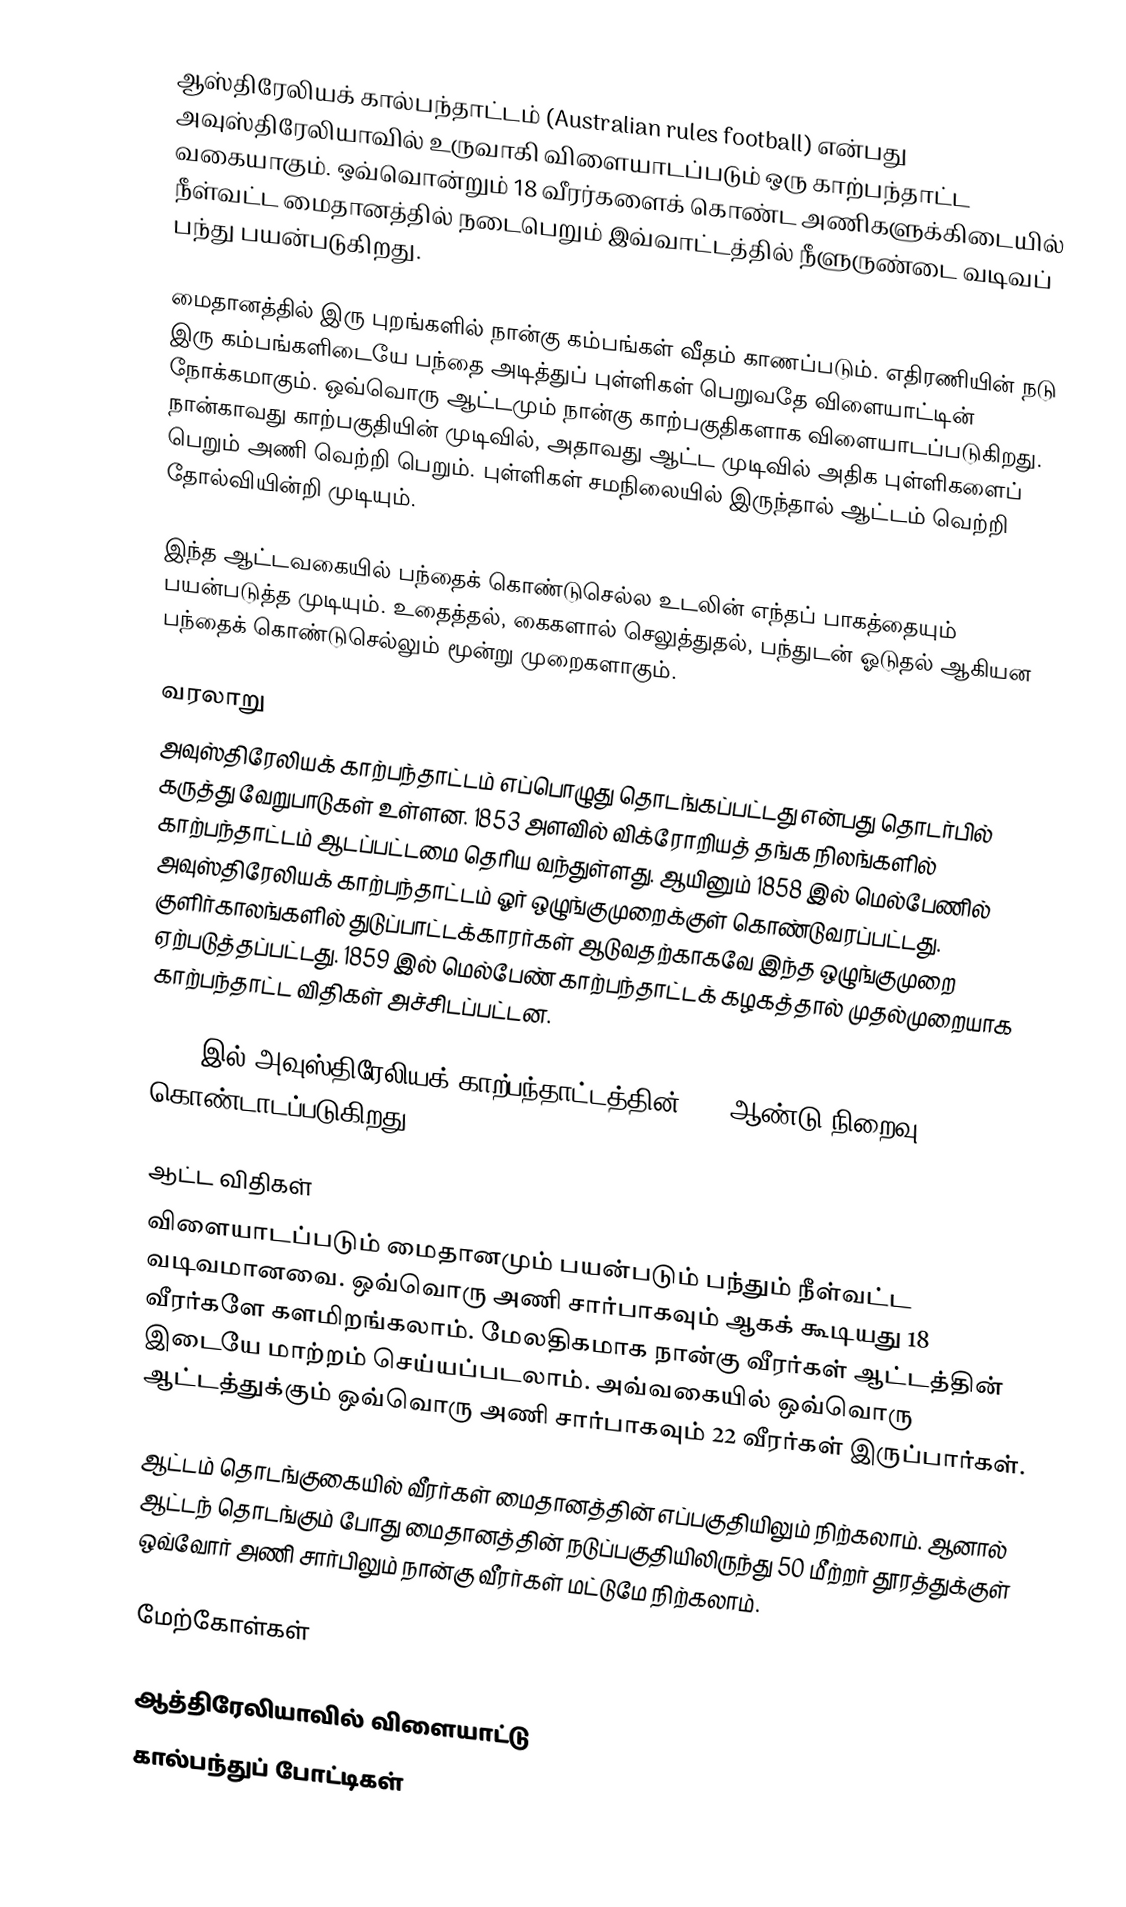
ஆஸ்திரேலியக் கால்பந்தாட்டம் (Australian rules football) என்பது அவுஸ்திரேலியாவில் உருவாகி விளையாடப்படும் ஒரு காற்பந்தாட்ட வகையாகும். ஒவ்வொன்றும் 18 வீரர்களைக் கொண்ட அணிகளுக்கிடையில் நீள்வட்ட மைதானத்தில் நடைபெறும் இவ்வாட்டத்தில் நீளுருண்டை வடிவப் பந்து பயன்படுகிறது.

மைதானத்தில் இரு புறங்களில் நான்கு கம்பங்கள் வீதம் காணப்படும். எதிரணியின் நடு இரு கம்பங்களிடையே பந்தை அடித்துப் புள்ளிகள் பெறுவதே விளையாட்டின் நோக்கமாகும். ஒவ்வொரு ஆட்டமும் நான்கு காற்பகுதிகளாக விளையாடப்படுகிறது. நான்காவது காற்பகுதியின் முடிவில், அதாவது ஆட்ட முடிவில் அதிக புள்ளிகளைப் பெறும் அணி வெற்றி பெறும். புள்ளிகள் சமநிலையில் இருந்தால் ஆட்டம் வெற்றி தோல்வியின்றி முடியும்.

இந்த ஆட்டவகையில் பந்தைக் கொண்டுசெல்ல உடலின் எந்தப் பாகத்தையும் பயன்படுத்த முடியும். உதைத்தல், கைகளால் செலுத்துதல், பந்துடன் ஓடுதல் ஆகியன பந்தைக் கொண்டுசெல்லும் மூன்று முறைகளாகும்.

வரலாறு
அவுஸ்திரேலியக் காற்பந்தாட்டம் எப்பொழுது தொடங்கப்பட்டது என்பது தொடர்பில் கருத்து வேறுபாடுகள் உள்ளன. 1853 அளவில் விக்ரோறியத் தங்க நிலங்களில் காற்பந்தாட்டம் ஆடப்பட்டமை தெரிய வந்துள்ளது. ஆயினும் 1858 இல் மெல்பேணில் அவுஸ்திரேலியக் காற்பந்தாட்டம் ஓர் ஒழுங்குமுறைக்குள் கொண்டுவரப்பட்டது. குளிர்காலங்களில் துடுப்பாட்டக்காரர்கள் ஆடுவதற்காகவே இந்த ஒழுங்குமுறை ஏற்படுத்தப்பட்டது. 1859 இல் மெல்பேண் காற்பந்தாட்டக் கழகத்தால் முதல்முறையாக காற்பந்தாட்ட விதிகள் அச்சிடப்பட்டன.

2008 இல் அவுஸ்திரேலியக் காற்பந்தாட்டத்தின் 150 ஆண்டு நிறைவு கொண்டாடப்படுகிறது.

ஆட்ட விதிகள்
விளையாடப்படும் மைதானமும் பயன்படும் பந்தும் நீள்வட்ட வடிவமானவை. ஒவ்வொரு அணி சார்பாகவும் ஆகக் கூடியது 18 வீரர்களே களமிறங்கலாம். மேலதிகமாக நான்கு வீரர்கள் ஆட்டத்தின் இடையே மாற்றம் செய்யப்படலாம். அவ்வகையில் ஒவ்வொரு ஆட்டத்துக்கும் ஒவ்வொரு அணி சார்பாகவும் 22 வீரர்கள் இருப்பார்கள்.

ஆட்டம் தொடங்குகையில் வீரர்கள் மைதானத்தின் எப்பகுதியிலும் நிற்கலாம். ஆனால் ஆட்டந் தொடங்கும் போது மைதானத்தின் நடுப்பகுதியிலிருந்து 50 மீற்றர் தூரத்துக்குள் ஒவ்வோர் அணி சார்பிலும் நான்கு வீரர்கள் மட்டுமே நிற்கலாம்.

மேற்கோள்கள்

ஆத்திரேலியாவில் விளையாட்டு
கால்பந்துப் போட்டிகள்